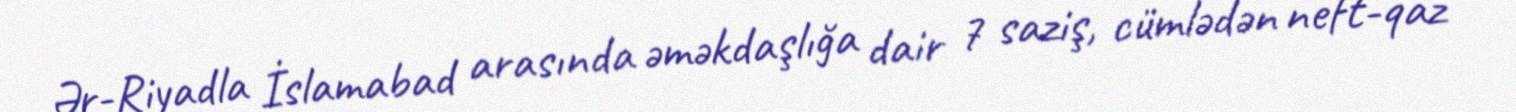
Ər-Riyadla İslamabad arasında əməkdaşlığa dair 7 saziş, cümlədən neft-qaz